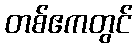
တစ်ဧကတွင်